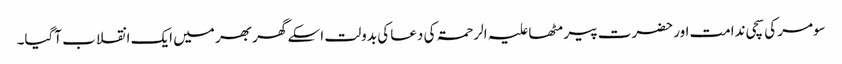
سومر کی سچی ندامت اور حضرت پیر مٹھا علیہ الرحمۃ کی دعا کی بدولت اسکے گھر بھر میں ایک انقلاب آگیا۔